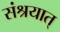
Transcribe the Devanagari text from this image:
संश्रयात्